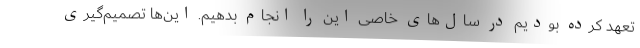
تعهد کرده بودیم در سال‌های خاصی این را انجام بدهیم. این‌ها تصمیم‌گیری